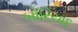
બોરિયાદ